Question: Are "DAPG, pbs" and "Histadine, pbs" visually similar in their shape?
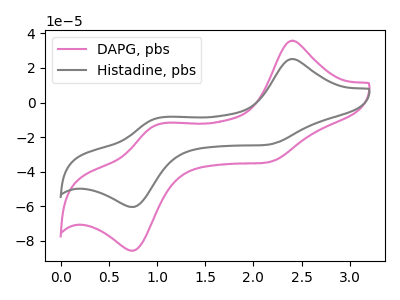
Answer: <think>The pink curve "DAPG, pbs" has anodic peaks at (2.40V, 35.70uA) (1.00V, -12.60uA) and cathodic peaks at (2.15V, -34.70uA) (0.75V, -85.60uA). The gray curve "Histadine, pbs" has anodic peaks at (2.40V, 25.15uA) (1.00V, -8.90uA) and cathodic peaks at (2.15V, -24.45uA) (0.75V, -60.35uA).
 All the peaks in "DAPG, pbs" have a peak in "Histadine, pbs" at the same potential.</think>
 <answer>"DAPG, pbs" and "Histadine, pbs" are similar in shape.</answer>
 <eval>same_shape</eval>